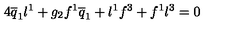
4 \overline { { q } } _ { 1 } l ^ { 1 } + g _ { 2 } f ^ { 1 } \overline { { q } } _ { 1 } + l ^ { 1 } f ^ { 3 } + f ^ { 1 } l ^ { 3 } = 0